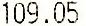
109.05